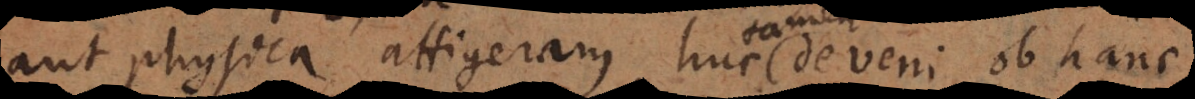
aut physica attigeram huc de veni ob hanc